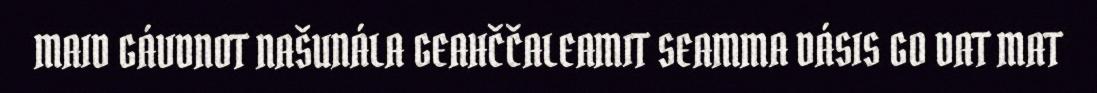
MAID GÁVDNOT NAŠUNÁLA GEAHČČALEAMIT SEAMMA DÁSIS GO DAT MAT